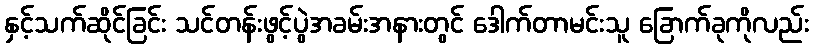
နှင့်သက်ဆိုင်ခြင်း သင်တန်းဖွင့်ပွဲအခမ်းအနားတွင် ဒေါက်တာမင်းသူ ခြောက်ခုကိုလည်း